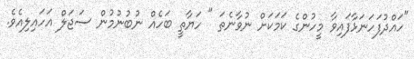
"ހައްދުފަހަނަޅާފައިވާ މީހުންގެ ކަމަކަށް ނުވާނެތަ " ހަޔާތީ ބަހެއް ނުބުނުމުން ސަޖަލް އަހައިލިއެވެ.